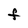
Character: f